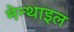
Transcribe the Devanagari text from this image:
मेन्थाइल